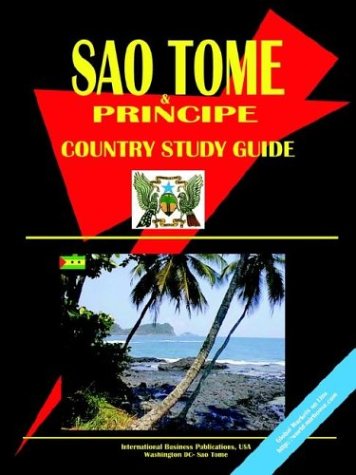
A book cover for Sao Tome and Principe Country Study Guide; Ibp Usa; Travel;